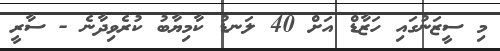
މި ސީޒަނުގައި ހަޒާޑް އަށް 40 ލަނޑު ކާމިޔާބު ކުރެވިދާނެ - ސާރީ